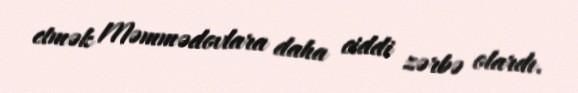
etmək Məmmədovlara daha ciddi zərbə olardı.